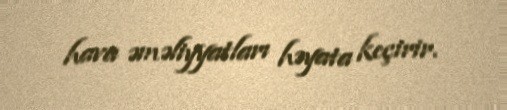
hava əməliyyatları həyata keçirir.